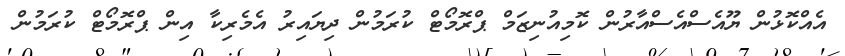
އެއްކޮޅުން ޔޫއެސްއެސްއާރުން ކޮމިއުނިޒަމް ޕްރޮމޯޓް ކުރަމުން ދިޔައިރު އެމެރިކާ އިން ޕްރޮމޯޓް ކުރަމުން